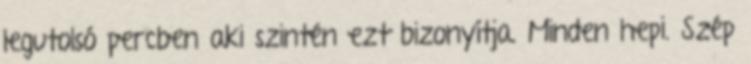
legutolsó percben aki szintén ezt bizonyítja. Minden hepi. Szép